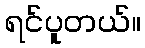
ရင်ပူတယ်။